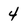
Character: 4